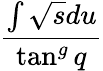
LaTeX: \frac{\int\sqrt{s}du}{\tan^{g}q}